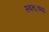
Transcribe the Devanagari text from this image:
स्वत्ःच्या